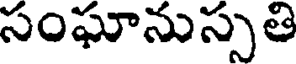
సంఘానుస్సతి